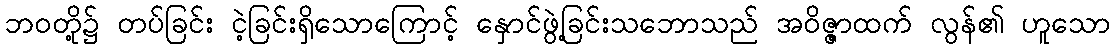
ဘဝတို့၌ တပ်ခြင်း ငဲ့ခြင်းရှိသောကြောင့် နှောင်ဖွဲ့ခြင်းသဘောသည် အဝိဇ္ဇာထက် လွန်၏ ဟူသော